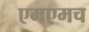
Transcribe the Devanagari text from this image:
एमएमच